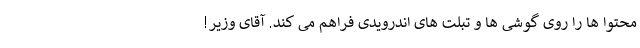
محتوا ها را روی گوشی ها و تبلت های اندرویدی فراهم می کند. آقای وزیر!